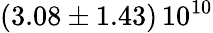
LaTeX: \left(3.08\pm 1.43\right)\, 10^{10}